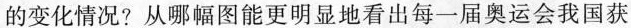
的变化情况?从哪幅图能更明显地看出每一届奥运会我国获